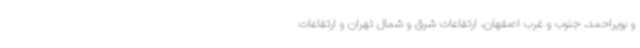
و بویراحمد، جنوب و غرب اصفهان، ارتفاعات شرق و شمال تهران و ارتفاعات